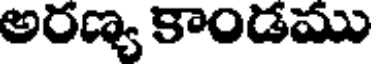
అరణ్య కాండము